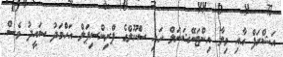
އަޝްރަފް އާއި ވިލާ އިންޓަނޭޝަނަލް ހައި ސްކޫލްގެ ޕްރިންސިޕަލް އަހްމަދު ސައީދު ވެސް